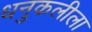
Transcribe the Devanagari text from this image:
धनुकलीला